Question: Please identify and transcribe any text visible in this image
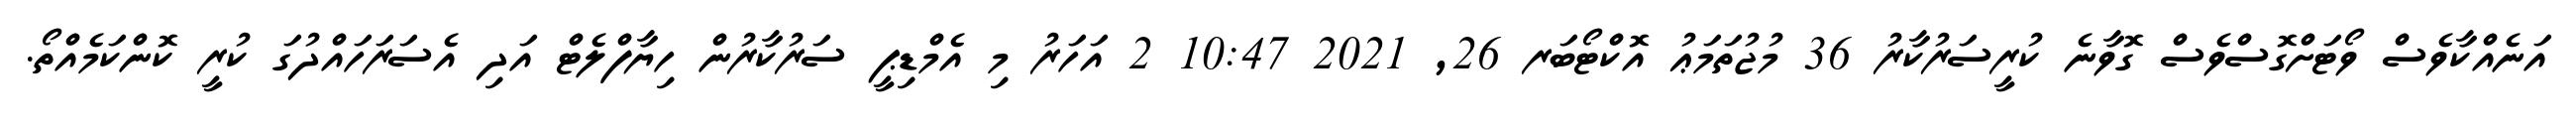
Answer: އަނެއްކާވެސް ވޯޓަށްގޮސްވެސް ގޮވާނެ ކުރީސަރުކާރު 36 މުޖުތަމަޢު އޮކްޓޯބަރ 26, 2021 10:47 2 އަހަރު މި އެމްޑިޕީ ސަރުކާރުން ހިޔާފްލެޓް އަދި އެސަރަހައްދުގަ ކުރީ ކޮންކަމެއްތޯ.